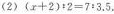
(2)$$(X+2):2=7:3.5. $$